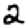
Digit: 2